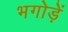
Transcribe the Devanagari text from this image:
भगोड़ें